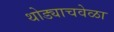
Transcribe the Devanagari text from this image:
थोड्याचवेळा